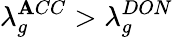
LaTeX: \lambda_{g}^{\mathbf{A}CC}>\lambda_{g}^{DON}